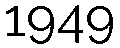
1949